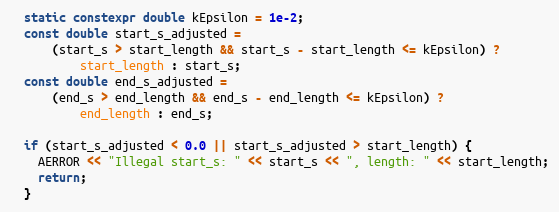
Language: C++
  static constexpr double kEpsilon = 1e-2;
  const double start_s_adjusted =
      (start_s > start_length && start_s - start_length <= kEpsilon) ?
          start_length : start_s;
  const double end_s_adjusted =
      (end_s > end_length && end_s - end_length <= kEpsilon) ?
          end_length : end_s;

  if (start_s_adjusted < 0.0 || start_s_adjusted > start_length) {
    AERROR << "Illegal start_s: " << start_s << ", length: " << start_length;
    return;
  }